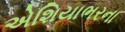
એશિયાભરના